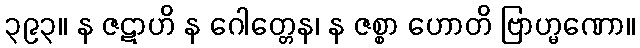
၃၉၃။ န ဇဋာဟိ န ဂေါတ္တေန၊ န ဇစ္စာ ဟောတိ ဗြာဟ္မဏော။